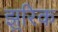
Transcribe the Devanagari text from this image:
झुरिक